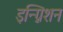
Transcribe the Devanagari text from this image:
इन्ग्निशन